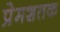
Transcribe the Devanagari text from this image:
प्रेमशतक